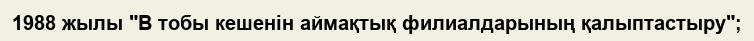
1988 жылы "В тобы кешенін аймақтық филиалдарының қалыптастыру";